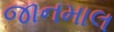
જાનમાલ